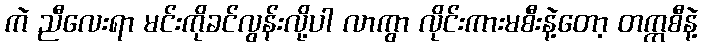
ကဲ ညီလေးရာ မင်းကိုခင်လွန်းလို့ပါ လာကွာ လိုင်းကားမစီးနဲ့တော့ တက္ကစီနဲ့